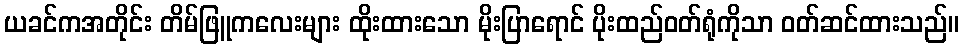
ယခင်ကအတိုင်း တိမ်ဖြူကလေးများ ထိုးထားသော မိုးပြာရောင် ပိုးထည်ဝတ်ရုံကိုသာ ဝတ်ဆင်ထားသည်။